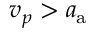
v _ { p } > a _ { \mathrm { a } }